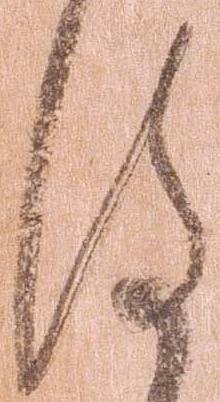
謹